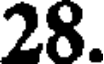
28.